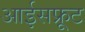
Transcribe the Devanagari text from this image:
आईसफ्रूट